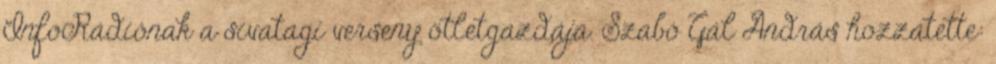
InfoRádiónak a sivatagi verseny ötletgazdája. Szabó Gál András hozzátette: